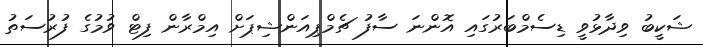
ޝަކީބު ވިދާޅުވީ ޑިސެމްބަރުގައި އޮންނަ ސާފު ޗެމްޕިއަންޝިޕަށް އިމްރާން ފިޓް ވުމުގެ ފުރުސަތު